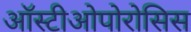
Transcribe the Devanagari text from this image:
ऑस्टीओपोरोसिस